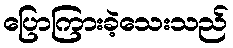
ပြောကြားခဲ့သေးသည်